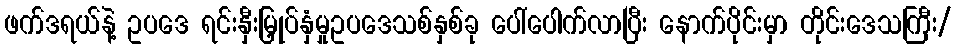
ဖက်ဒရယ်နဲ့ ဥပဒေ ရင်းနှီးမြှုပ်နှံမှုဥပဒေသစ်နှစ်ခု ပေါ်ပေါက်လာပြီး နောက်ပိုင်းမှာ တိုင်းဒေသကြီး/